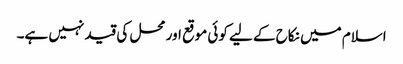
اسلام میں نکاح کے لیے کوئی موقع اور محل کی قید نہیں ہے۔